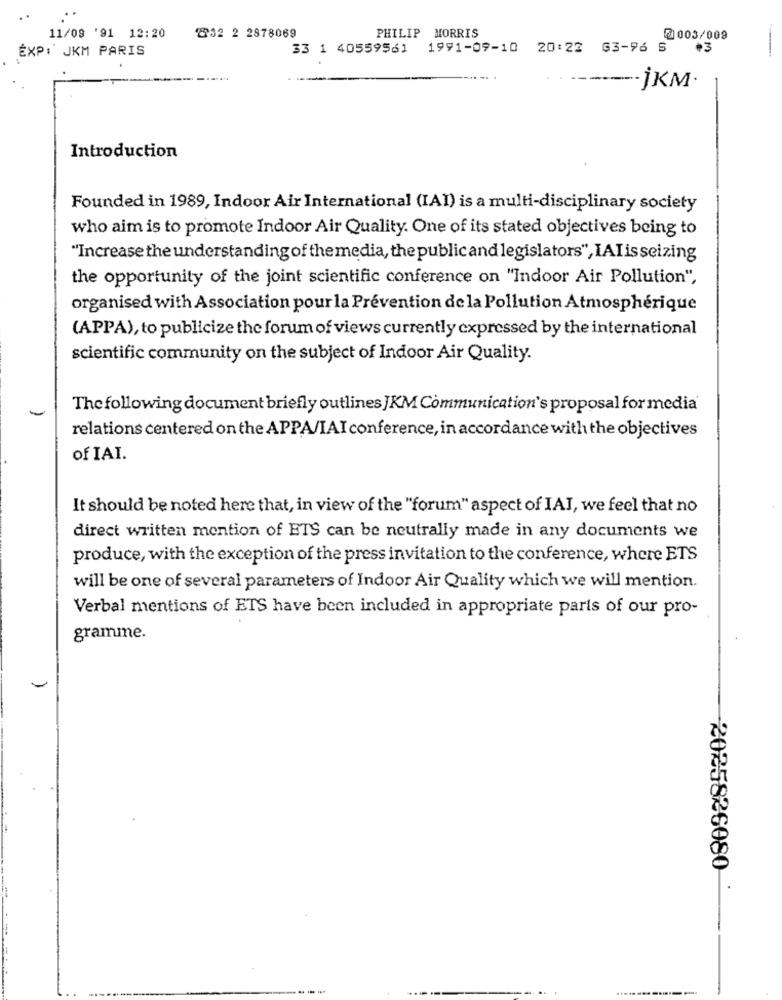
11/09 '91 12:20
232 2 2878069
PHILIP MORRIS
2003/009
EXP: JKM PARIS
33 1 40559561
1991-09-10 20:22 G3-96 S
·3
--- JKM.
Introduction
Founded in 1989, Indoor Air International (IAI) is a multi-disciplinary society
who aim is to promote Indoor Air Quality. One of its stated objectives being to
"Increase the understanding of themedia, the publicand legislators", IAIis seizing
the opportunity of the joint scientific conference on "Indoor Air Pollution",
organised with Association pourla Prévention de la Pollution Atmosphérique
(APPA), to publicize the forum of views currently expressed by the international
scientific community on the subject of Indoor Air Quality.
The following document briefly outlines JKM Communication's proposal for media
relations centered on the APPA/IAI conference, in accordance with the objectives
of IAI.
It should be noted here that, in view of the "forum" aspect of IAI, we feel that no
direct written mention of ETS can be neutrally made in any documents we
produce, with the exception of the press invitation to the conference, where ETS
will be one of several parameters of Indoor Air Quality which we will mention.
Verbal mentions of ETS have been included in appropriate parts of our pro-
gramme.
2025826080